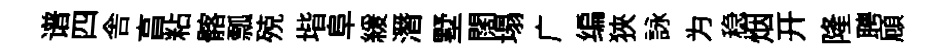
谱四舎亯粘髂瓢殑堦阜緩潛墅闊塌广编狹詠为稳烟开隆聘頋